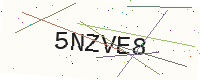
Text: 5NZVE8